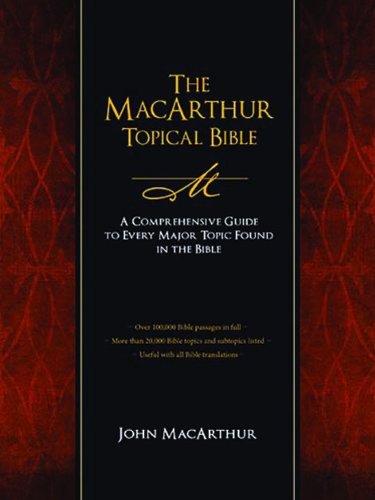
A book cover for The MacArthur Topical Bible: A Comprehensive Guide to Every Major Topic Found in the Bible; Christian Books & Bibles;